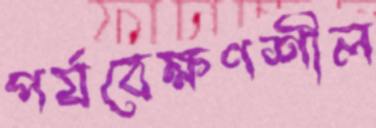
পর্যবেক্ষণশীল